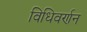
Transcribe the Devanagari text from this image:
विधिवर्णन